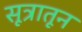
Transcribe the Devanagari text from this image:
सूत्रातून